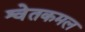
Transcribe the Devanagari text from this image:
श्वेतकमल